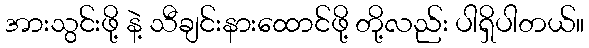
အားသွင်းဖို့ နဲ့ သီချင်းနားထောင်ဖို့ တို့လည်း ပါရှိပါတယ်။